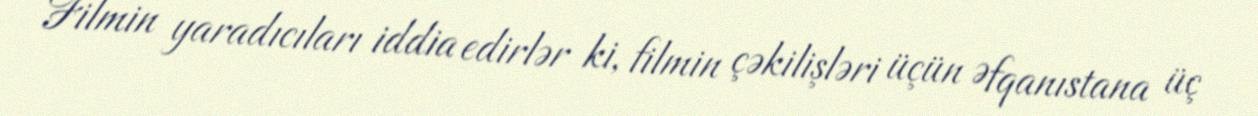
Filmin yaradıcıları iddia edirlər ki, filmin çəkilişləri üçün Əfqanıstana üç